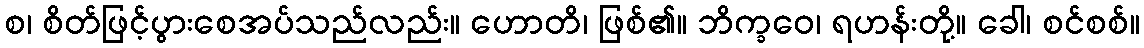
စ၊ စိတ်ဖြင့်ပွားစေအပ်သည်လည်း။ ဟောတိ၊ ဖြစ်၏။ ဘိက္ခဝေ၊ ရဟန်းတို့။ ခေါ၊ စင်စစ်။